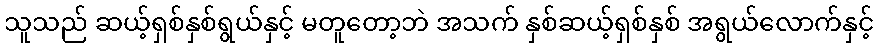
သူသည် ဆယ့်ရှစ်နှစ်ရွယ်နှင့် မတူတော့ဘဲ အသက် နှစ်ဆယ့်ရှစ်နှစ် အရွယ်လောက်နှင့်